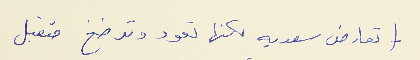
- (تعارض سعديه لكنها تعود وترضخ وتقبل